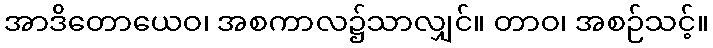
အာဒိတောယေဝ၊ အစကာလ၌သာလျှင်။ တာဝ၊ အစဉ်သင့်။